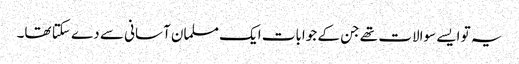
یہ تو ایسے سوالات تھے جن کے جوابات ایک مسلمان آسانی سے دے سکتا تھا۔